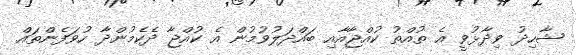
ޝާހިދު ވިދާޅުވީ އެ ތުއްތު ކުއްޖާއާއި ބައްދަލުވުމުން އެ ކުއްޖާ ދެކެމުންދާ ހުވަފެންތައް